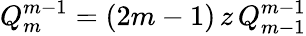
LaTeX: Q_{m}^{m-1}=(2m-1)\, z\, Q_{m-1}^{m-1}